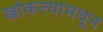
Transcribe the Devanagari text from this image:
खोकल्यामधून